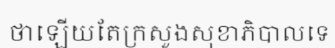
ថាឡើយតែក្រសួងសុខាភិបាលទេ